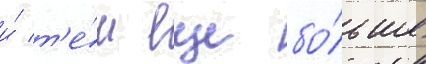
и́ т'е́м еще бо́льше